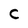
Character: C